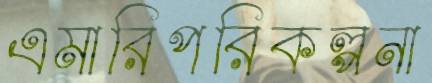
এমারিপরিকল্পনা